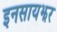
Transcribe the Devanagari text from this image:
इनसायझर